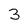
Character: 3